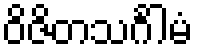
ဝိဇိတသင်္ဂါမံ